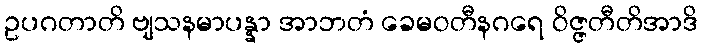
ဥပဂတာတိ ဗျသနမာပန္နာ အာဘတံ ခေမဝတီနဂရေ ဝိဇ္ဇတီတိအာဒိ